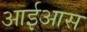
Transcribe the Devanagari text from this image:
आईआस